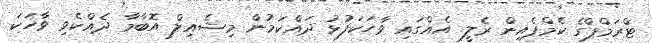
ޓްރަމްޕްގެ ކެމްޕެއިން ރެލީ އެއްގައި ވާހަކަފުޅު ދައްކަމުން މިޝެއިލް އޮބާމާ ދެއްކެވި ވާހަކަ